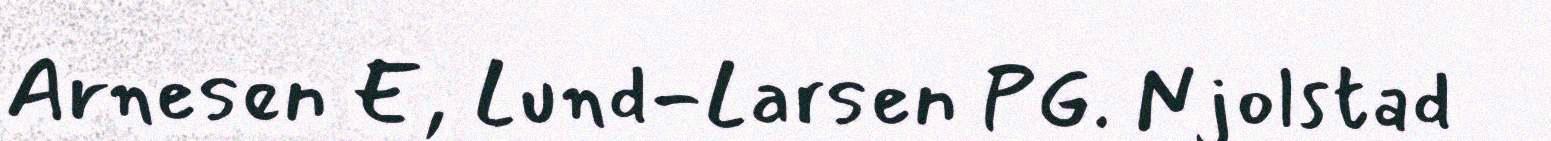
Arnesen E, Lund-Larsen PG. Njolstad